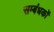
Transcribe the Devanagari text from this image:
सम्बंधकों